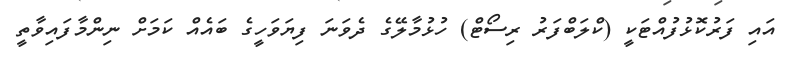
އައި ފަރުކޮޅުފުއްޓަކީ (ކްލަބްފަރު ރިސޯޓް) ހުޅުމާލޭގެ ދެވަނަ ފިޔަވަހީގެ ބައެއް ކަމަށް ނިންމާފައިވާތީ